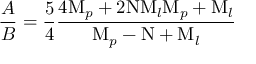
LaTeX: { \frac { A } { B } } = { \frac { 5 } { 4 } } { \frac { 4 \mathrm { M } _ { p } + 2 \mathrm { N } \mathrm { M } _ { l } \mathrm { M } _ { p } + \mathrm { M } _ { l } } { \mathrm { M } _ { p } - \mathrm { N } + \mathrm { M } _ { l } } }